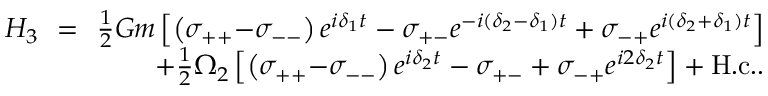
\begin{array} { r l r } { H _ { 3 } \! \! } & { = } & { \! \! \frac { 1 } { 2 } G m \left[ \left( \sigma _ { + + } { - } \sigma _ { -- } \right) e ^ { i \delta _ { 1 } t } - \sigma _ { + - } e ^ { - i ( \delta _ { 2 } - \delta _ { 1 } ) t } + \sigma _ { - + } e ^ { i ( \delta _ { 2 } + \delta _ { 1 } ) t } \right] } \\ & { } & { \! \! + \frac { 1 } { 2 } \Omega _ { 2 } \left[ \left( \sigma _ { + + } { - } \sigma _ { -- } \right) e ^ { i \delta _ { 2 } t } - \sigma _ { + - } + \sigma _ { - + } e ^ { i 2 \delta _ { 2 } t } \right] + \mathrm { H . c . } . } \end{array}